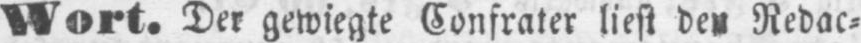
Redac⸗